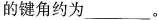
的键角约为___。